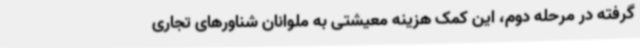
گرفته در مرحله دوم، این کمک هزینه معیشتی به ملوانان شناورهای تجاری